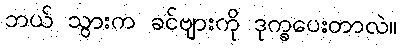
ဘယ် သွားက ခင်ဗျားကို ဒုက္ခပေးတာလဲ။